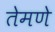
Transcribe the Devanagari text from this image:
तेमणे